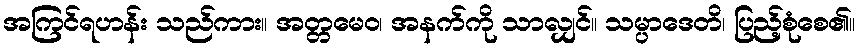
အကြင်ရဟန်း သည်ကား။ အတ္တမေဝ၊ အနက်ကို သာလျှင်။ သမ္ပာဒေတိ၊ ပြည့်စုံစေ၏။